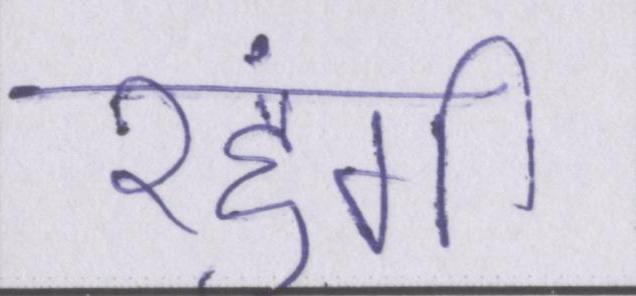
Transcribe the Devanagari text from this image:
रहुंगी